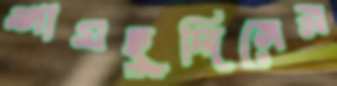
শামছুদ্দিনের